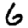
Digit: 6